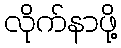
လိုက်နာဖို့